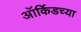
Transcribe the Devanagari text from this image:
ऑर्किडच्या